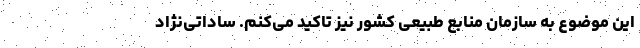
این موضوع به سازمان منابع طبیعی کشور نیز تاکید می‌کنم. ساداتی‌نژاد